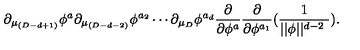
\partial _ { \mu _ { ( D - d + 1 ) } } \phi ^ { a } \partial _ { \mu _ { ( D - d - 2 ) } } \phi ^ { a _ { 2 } } \cdots \partial _ { \mu _ { D } } \phi ^ { a _ { d } } \frac \partial { \partial \phi ^ { a } } \frac \partial { \partial \phi ^ { a _ { 1 } } } ( \frac 1 { | | \phi | | ^ { d - 2 \ } } ) .